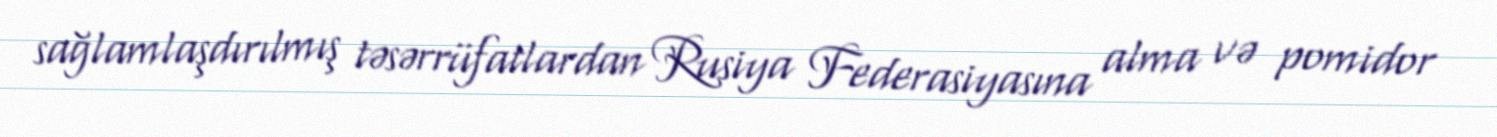
sağlamlaşdırılmış təsərrüfatlardan Rusiya Federasiyasına alma və pomidor